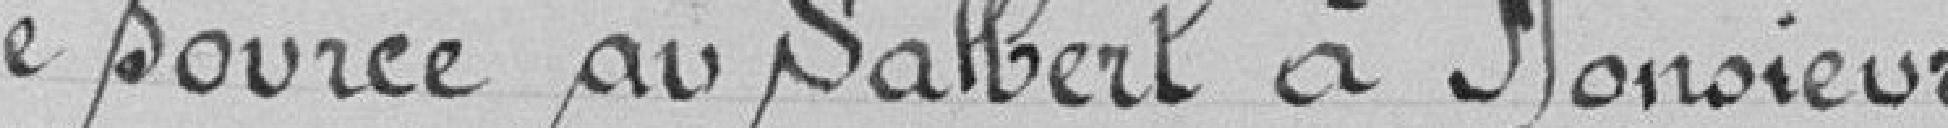
de source au Salbert à Monsieur